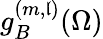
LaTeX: g_{B}^{(m,\mathfrak{l})}(\Omega)